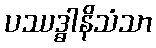
ပဿဒ္ဓါနိသံသာ